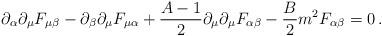
LaTeX: \begin{align*}\partial_\alpha\partial_\mu F_{\mu\beta}-\partial_\beta \partial_\mu F_{\mu\alpha} +{A-1\over 2} \partial_\mu \partial_\mu F_{\alpha\beta} - {B\over 2}m^2 F_{\alpha\beta} = 0\,.\end{align*}